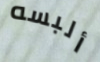
ألبسه